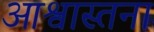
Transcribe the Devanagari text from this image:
आश्वास्तना